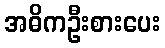
အဓိကဦးစားပေး